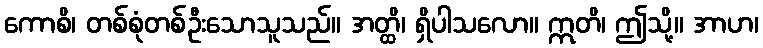
ကောစိ၊ တစ်စုံတစ်ဦးသောသူသည်။ အတ္ထိ၊ ရှိပါသလော။ ဣတိ၊ ဤသို့။ အာဟ၊